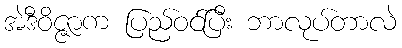
အဲဒီဝိဇ္ဇာက ပြည်ဝင်ပြီး ဘာလုပ်တာလဲ